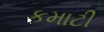
કમાટી